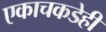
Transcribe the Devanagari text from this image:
एकाचकडेही